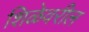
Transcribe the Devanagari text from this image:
शिळेवरील